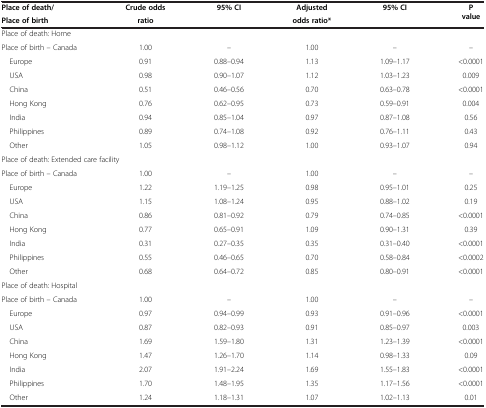
<table><thead><tr><td><b>Place of death/</b></td><td><b>Crude odds</b></td><td><b>95% CI</b></td><td><b>Adjusted</b></td><td><b>95% CI</b></td><td rowspan="2"><b>P value</b></td></tr><tr><td><b>Place of birth</b></td><td><b>ratio</b></td><td><b> </b></td><td><b>odds ratio*</b></td><td><b> </b></td></tr></thead><tbody><tr><td colspan="6">Place of death: Home</td></tr><tr><td>Place of birth – Canada</td><td>1.00</td><td>–</td><td>1.00</td><td>–</td><td>–</td></tr><tr><td> Europe</td><td>0.91</td><td>0.88–0.94</td><td>1.13</td><td>1.09–1.17</td><td>&lt;0.0001</td></tr><tr><td> USA</td><td>0.98</td><td>0.90–1.07</td><td>1.12</td><td>1.03–1.23</td><td>0.009</td></tr><tr><td> China</td><td>0.51</td><td>0.46–0.56</td><td>0.70</td><td>0.63–0.78</td><td>&lt;0.0001</td></tr><tr><td> Hong Kong</td><td>0.76</td><td>0.62–0.95</td><td>0.73</td><td>0.59–0.91</td><td>0.004</td></tr><tr><td> India</td><td>0.94</td><td>0.85–1.04</td><td>0.97</td><td>0.87–1.08</td><td>0.56</td></tr><tr><td> Philippines</td><td>0.89</td><td>0.74–1.08</td><td>0.92</td><td>0.76–1.11</td><td>0.43</td></tr><tr><td> Other</td><td>1.05</td><td>0.98–1.12</td><td>1.00</td><td>0.93–1.07</td><td>0.94</td></tr><tr><td colspan="6">Place of death: Extended care facility</td></tr><tr><td>Place of birth – Canada</td><td>1.00</td><td>–</td><td>1.00</td><td>–</td><td>–</td></tr><tr><td> Europe</td><td>1.22</td><td>1.19–1.25</td><td>0.98</td><td>0.95–1.01</td><td>0.25</td></tr><tr><td> USA</td><td>1.15</td><td>1.08–1.24</td><td>0.95</td><td>0.88–1.02</td><td>0.19</td></tr><tr><td> China</td><td>0.86</td><td>0.81–0.92</td><td>0.79</td><td>0.74–0.85</td><td>&lt;0.0001</td></tr><tr><td> Hong Kong</td><td>0.77</td><td>0.65–0.91</td><td>1.09</td><td>0.90–1.31</td><td>0.39</td></tr><tr><td> India</td><td>0.31</td><td>0.27–0.35</td><td>0.35</td><td>0.31–0.40</td><td>&lt;0.0001</td></tr><tr><td> Philippines</td><td>0.55</td><td>0.46–0.65</td><td>0.70</td><td>0.58–0.84</td><td>&lt;0.0002</td></tr><tr><td> Other</td><td>0.68</td><td>0.64–0.72</td><td>0.85</td><td>0.80–0.91</td><td>&lt;0.0001</td></tr><tr><td colspan="6">Place of death: Hospital</td></tr><tr><td>Place of birth – Canada</td><td>1.00</td><td>–</td><td>1.00</td><td>–</td><td>–</td></tr><tr><td> Europe</td><td>0.97</td><td>0.94–0.99</td><td>0.93</td><td>0.91–0.96</td><td>&lt;0.0001</td></tr><tr><td> USA</td><td>0.87</td><td>0.82–0.93</td><td>0.91</td><td>0.85–0.97</td><td>0.003</td></tr><tr><td> China</td><td>1.69</td><td>1.59–1.80</td><td>1.31</td><td>1.23–1.39</td><td>&lt;0.0001</td></tr><tr><td> Hong Kong</td><td>1.47</td><td>1.26–1.70</td><td>1.14</td><td>0.98–1.33</td><td>0.09</td></tr><tr><td> India</td><td>2.07</td><td>1.91–2.24</td><td>1.69</td><td>1.55–1.83</td><td>&lt;0.0001</td></tr><tr><td> Philippines</td><td>1.70</td><td>1.48–1.95</td><td>1.35</td><td>1.17–1.56</td><td>&lt;0.0001</td></tr><tr><td> Other</td><td>1.24</td><td>1.18–1.31</td><td>1.07</td><td>1.02–1.13</td><td>0.01</td></tr></tbody></table>